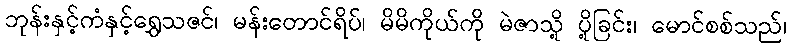
ဘုန်းနှင့်ကံနှင့်ရွှေသဇင်၊ မန်းတောင်ရိပ်၊ မိမိကိုယ်ကို မဲဇာသို့ ပို့ခြင်း၊ မောင်စစ်သည်၊